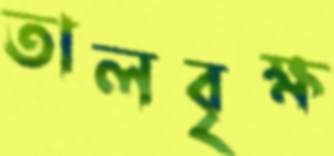
তালবৃক্ষ